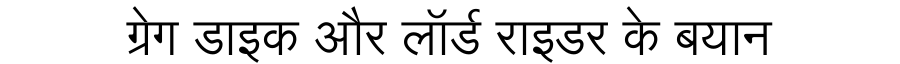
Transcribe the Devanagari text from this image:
ग्रेग डाइक और लॉर्ड राइडर के बयान